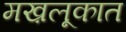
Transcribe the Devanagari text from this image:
मख़लूकात